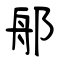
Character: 郍